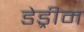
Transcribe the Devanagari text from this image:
डेड्रीम